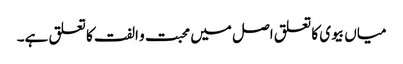
میاں بیوی کا تعلق اصل میں محبت و الفت کا تعلق ہے۔